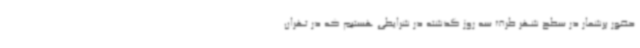
حضور پرشمار در سطح شهر ظرف سه روز گذشته در شرایطی هستیم که در تهران